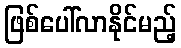
ဖြစ်ပေါ်လာနိုင်မည့်